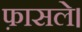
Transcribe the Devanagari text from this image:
फ़ासले।